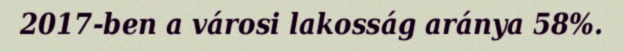
2017-ben a városi lakosság aránya 58%.